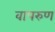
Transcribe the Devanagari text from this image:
वापरुण